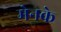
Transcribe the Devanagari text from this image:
मेनके